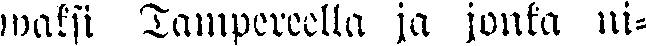
waksi Tampereella ja jonka ni-